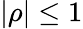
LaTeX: \vert\rho\vert\le 1